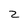
Character: Z